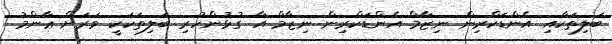
ބަލިތަކާއި އެންޑަކްރިން ނިޒާމް އެންޑަކްރިން ނިޒާމް އާ ގުޅުންހުރި ބަލިތަކަކީ ވަރަށް ޢާންމު